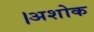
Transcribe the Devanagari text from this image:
।अशोक